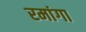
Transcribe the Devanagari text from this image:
रमांगा